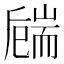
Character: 𦓚